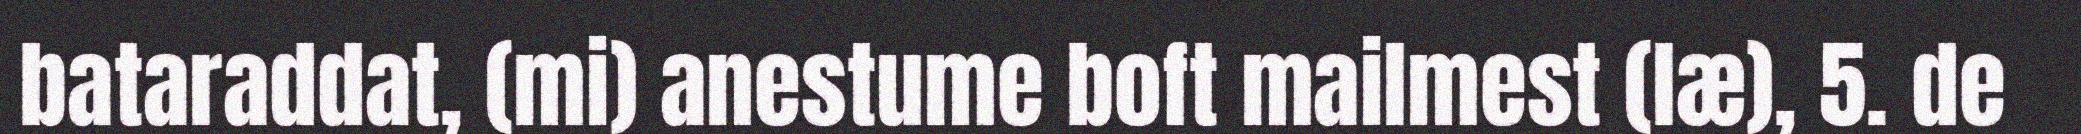
bataraddat, (mi) anestume boft mailmest (læ), 5. de